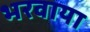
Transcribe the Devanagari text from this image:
भरवाया